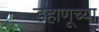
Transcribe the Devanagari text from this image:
डहाणूच्या